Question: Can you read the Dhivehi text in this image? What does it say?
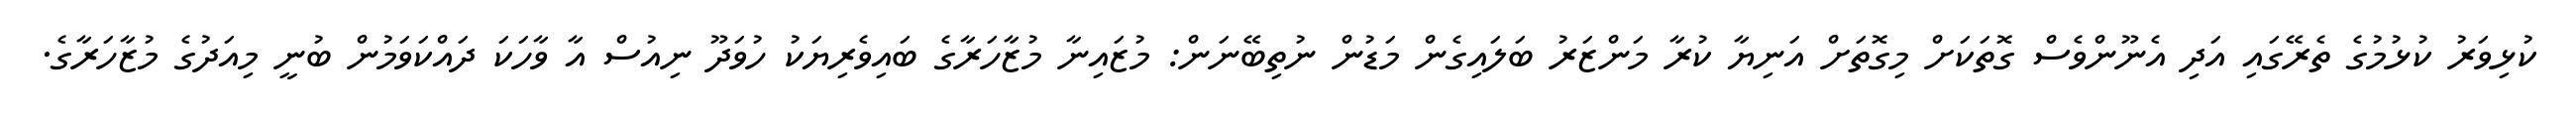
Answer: ކުޅިވަރު ކުޅުމުގެ ތެރޭގައި އަދި އެނޫންވެސް ގޮތަކަށް މިގޮތަށް އަނިޔާ ކުރާ މަންޒަރު ބަލައިގެން މަޑުން ނުތިބޭނަން: މުޒައިނާ މުޒާހަރާގެ ބައިވެރިޔަކު ހުވަދޫ ނިއުސް އާ ވާހަކަ ދައްކަވަމުން ބުނީ މިއަދުގެ މުޒާހަރާގެ.